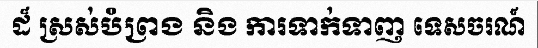
ដ៏ ស្រស់បំព្រង និង ការទាក់ទាញ ទេសចរណ៍